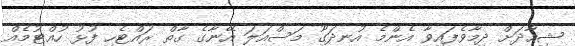
ޝިހާދަށް ދިމާވެފައިވާ އެންމެ އުނދަގޫ މަސްއަލަ އޭނާގެ ގާތް ރައްޓެހި ފުޅު ހުއްޓުމެއް